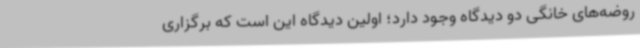
روضه‌های خانگی دو دیدگاه وجود دارد؛ اولین دیدگاه این است که برگزاری